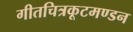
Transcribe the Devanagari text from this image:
गीतचित्रकूटमण्डन